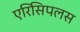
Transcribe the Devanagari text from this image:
एरिसिपलस